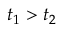
t _ { 1 } > t _ { 2 }